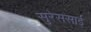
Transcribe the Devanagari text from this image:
सुरेससाई